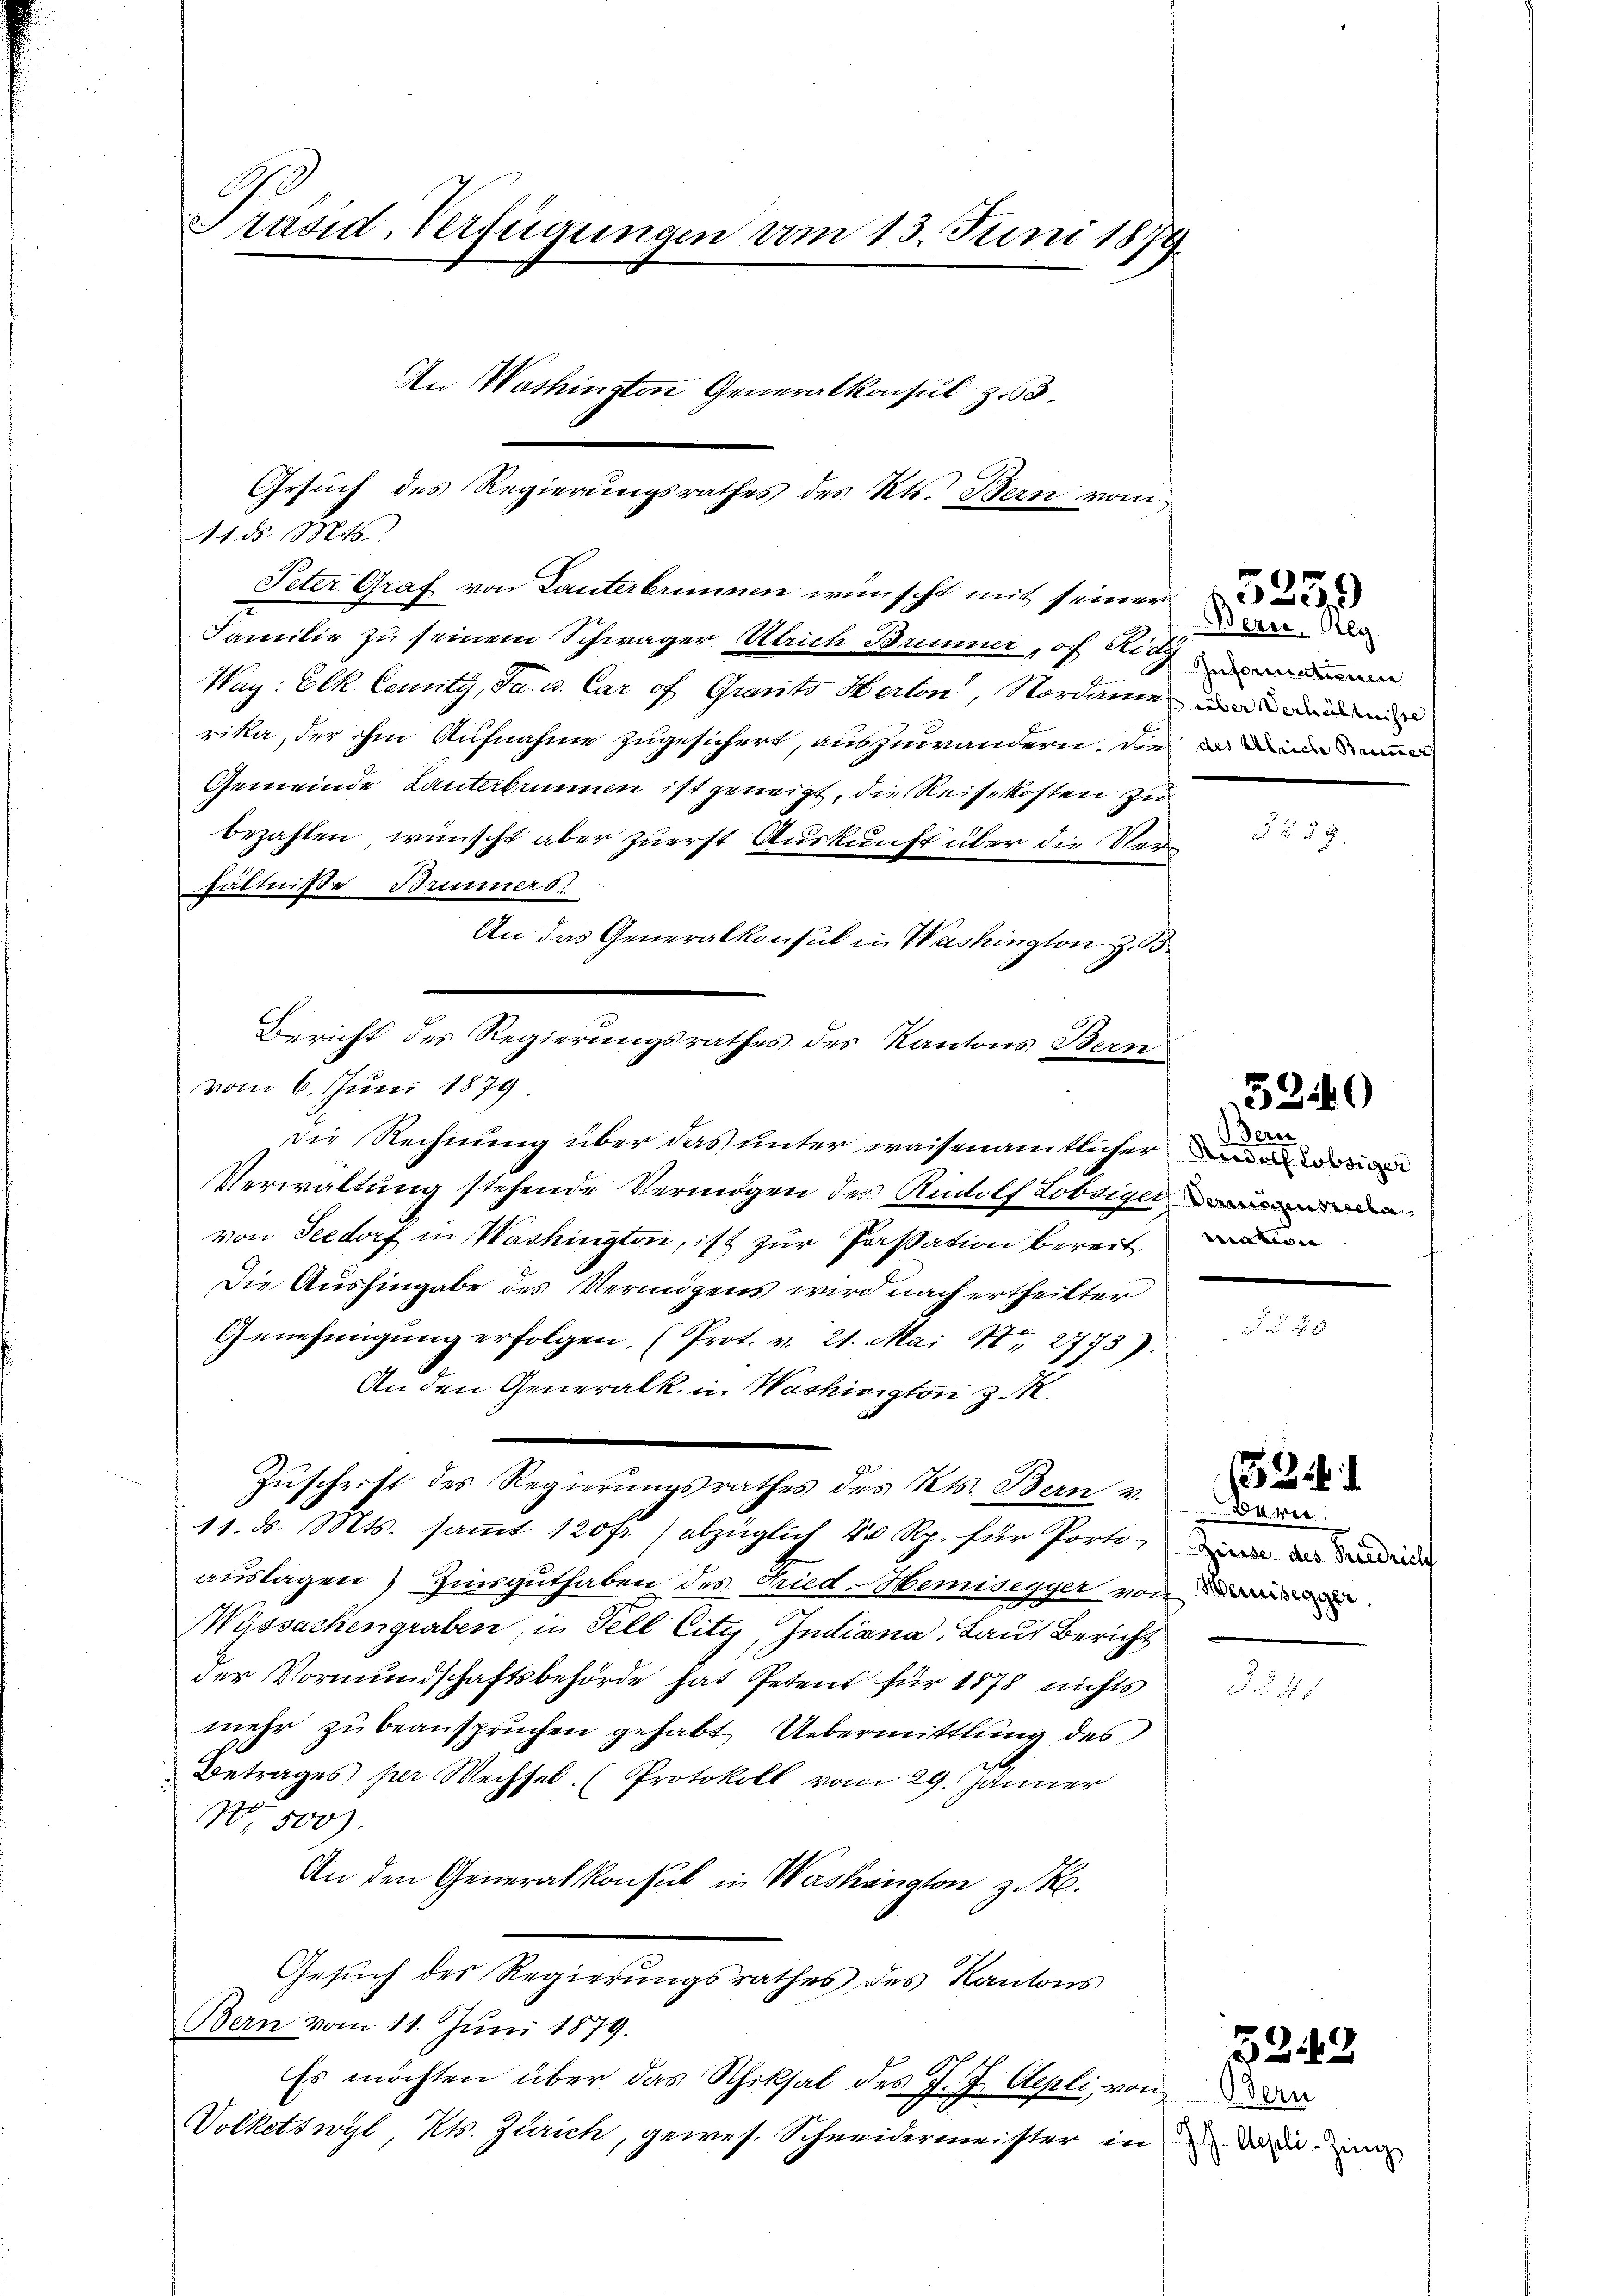
Präsid. Verfügungen am 13. Juni 1879.

11 d. Mts.
Familie zu seinem Schwager Ulrich Brunner, of Siegw
Wag: Elk Centy, Ja. u. Car of Grants Herten, Nordame und und
E
rika, der ihm Aufnahme zugesichert, auszuwandern, die da die m
Gemeinde Lanterbrunnen ist geneigt, die Reisekosten zu
bezahlen wünscht aber zuerst Auskunft über die Verhältniße Brunners
An das Generalkonsul in Washington z. B.
vom 6. Juni 1879
die Rechnung über das unter waisenamtlicher ander den
Verwaltung stehende Vermögen der Rudolf Lobsiger
von Seedorf in Washington, ist zur Passation bereit.
Die Aushingabe des Vermögens wird nach ertheilter
Genehmigŭng erfolgen. (Prot. v. 21. Mai Nr. 2773).
An den Generalk. in Washington z. M.
Zuschrift des Regierungsrathes des Kts. Bern v.
11. ds. Mts. sammt 120fr.) abzüglich 40 Rp. für Porto, da die die
auslagen) Zinsguthaben des Fried-Hemisegyer von de
yssachengraben, in Fell City, Indiana, Laut Bericht
der Vormundschaftsbehörde hat Petent für 1878 nichts
mehr zu beanspruchen gehabt Uebermittlung des
Betrages per Wechsel. (Protokoll vom 29. Jänner
No. 500).
An den Generalkonsul in Washängten z. PR.
Gesuch des Regierungsrathes des Kantons
Bern vom 11. Juni 1879.
Es möchten über das Schiksal des J. J. Aepli, von
Volketswyl Kts. Zürich, gewes. Schneidermeister in

An Washingten Generalkonsul z.63.

Gesuch des Regierungsrathes des Kts. Bern zwei
Peter Graf von Lanterbrunnen wünscht mit seiner

Bericht des Regierungsrathes des Kantons Bern

Berer Reg.

§ 59.

3240

Bern
Vermögensrecla
viation

uwer

2

5243

Gern
J. Aepli-Zing